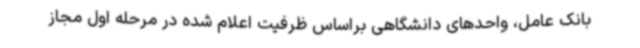
بانک عامل، واحدهای دانشگاهی براساس ظرفیت اعلام شده در مرحله اول مجاز